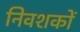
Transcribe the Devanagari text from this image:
निवशकों